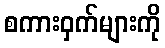
စကားဝှက်များကို